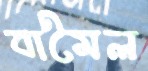
বামৈল